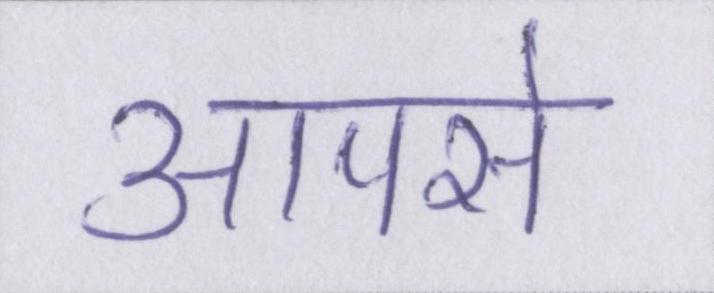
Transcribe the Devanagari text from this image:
आपसे